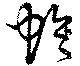
蛉